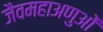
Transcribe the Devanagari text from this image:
जैवमहाअणुओं